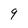
Character: 9